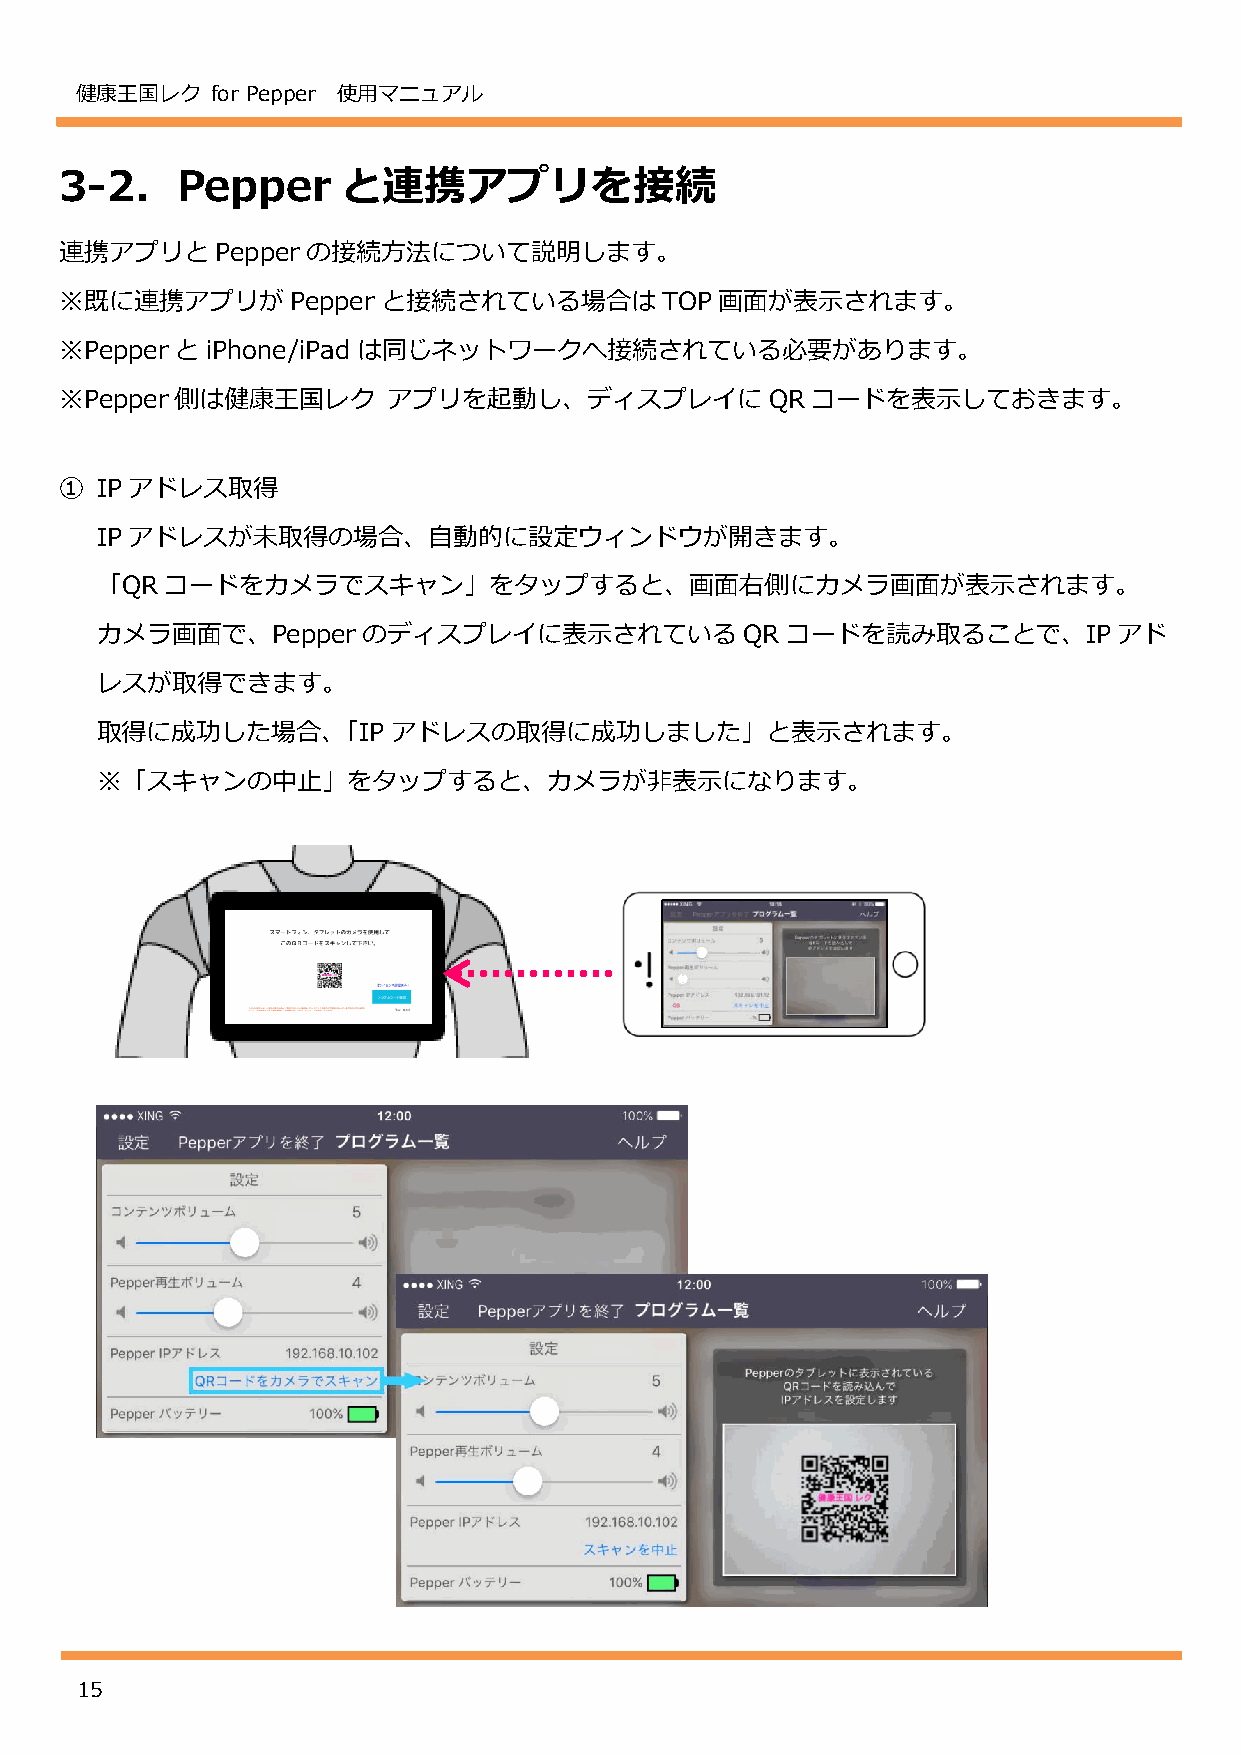
健康王国レク   for Pepper 使用マニュアル
 3-2．Pepper         と連携アプリを接続
 連携アプリと    Pepper の接続方法について説明します。
 ※既に連携アプリが      Pepperと接続されている場合は        TOP 画面が表示されます。
 ※Pepper とiPhone/iPad は同じネットワークへ接続されている必要があります。
 ※Pepper 側は健康王国レク      アプリを起動し、ディスプレイに          QRコードを表示しておきます。
 ① IP アドレス取得
 IP アドレスが未取得の場合、自動的に設定ウィンドウが開きます。
 「QRコードをカメラでスキャン」をタップすると、画面右側にカメラ画面が表示されます。
 カメラ画面で、Pepperのディスプレイに表示されている               QRコードを読み取ることで、IP         アド
 レスが取得できます。
 取得に成功した場合、「IP       アドレスの取得に成功しました」と表示されます。
 ※「スキャンの中止」をタップすると、カメラが非表示になります。
 15